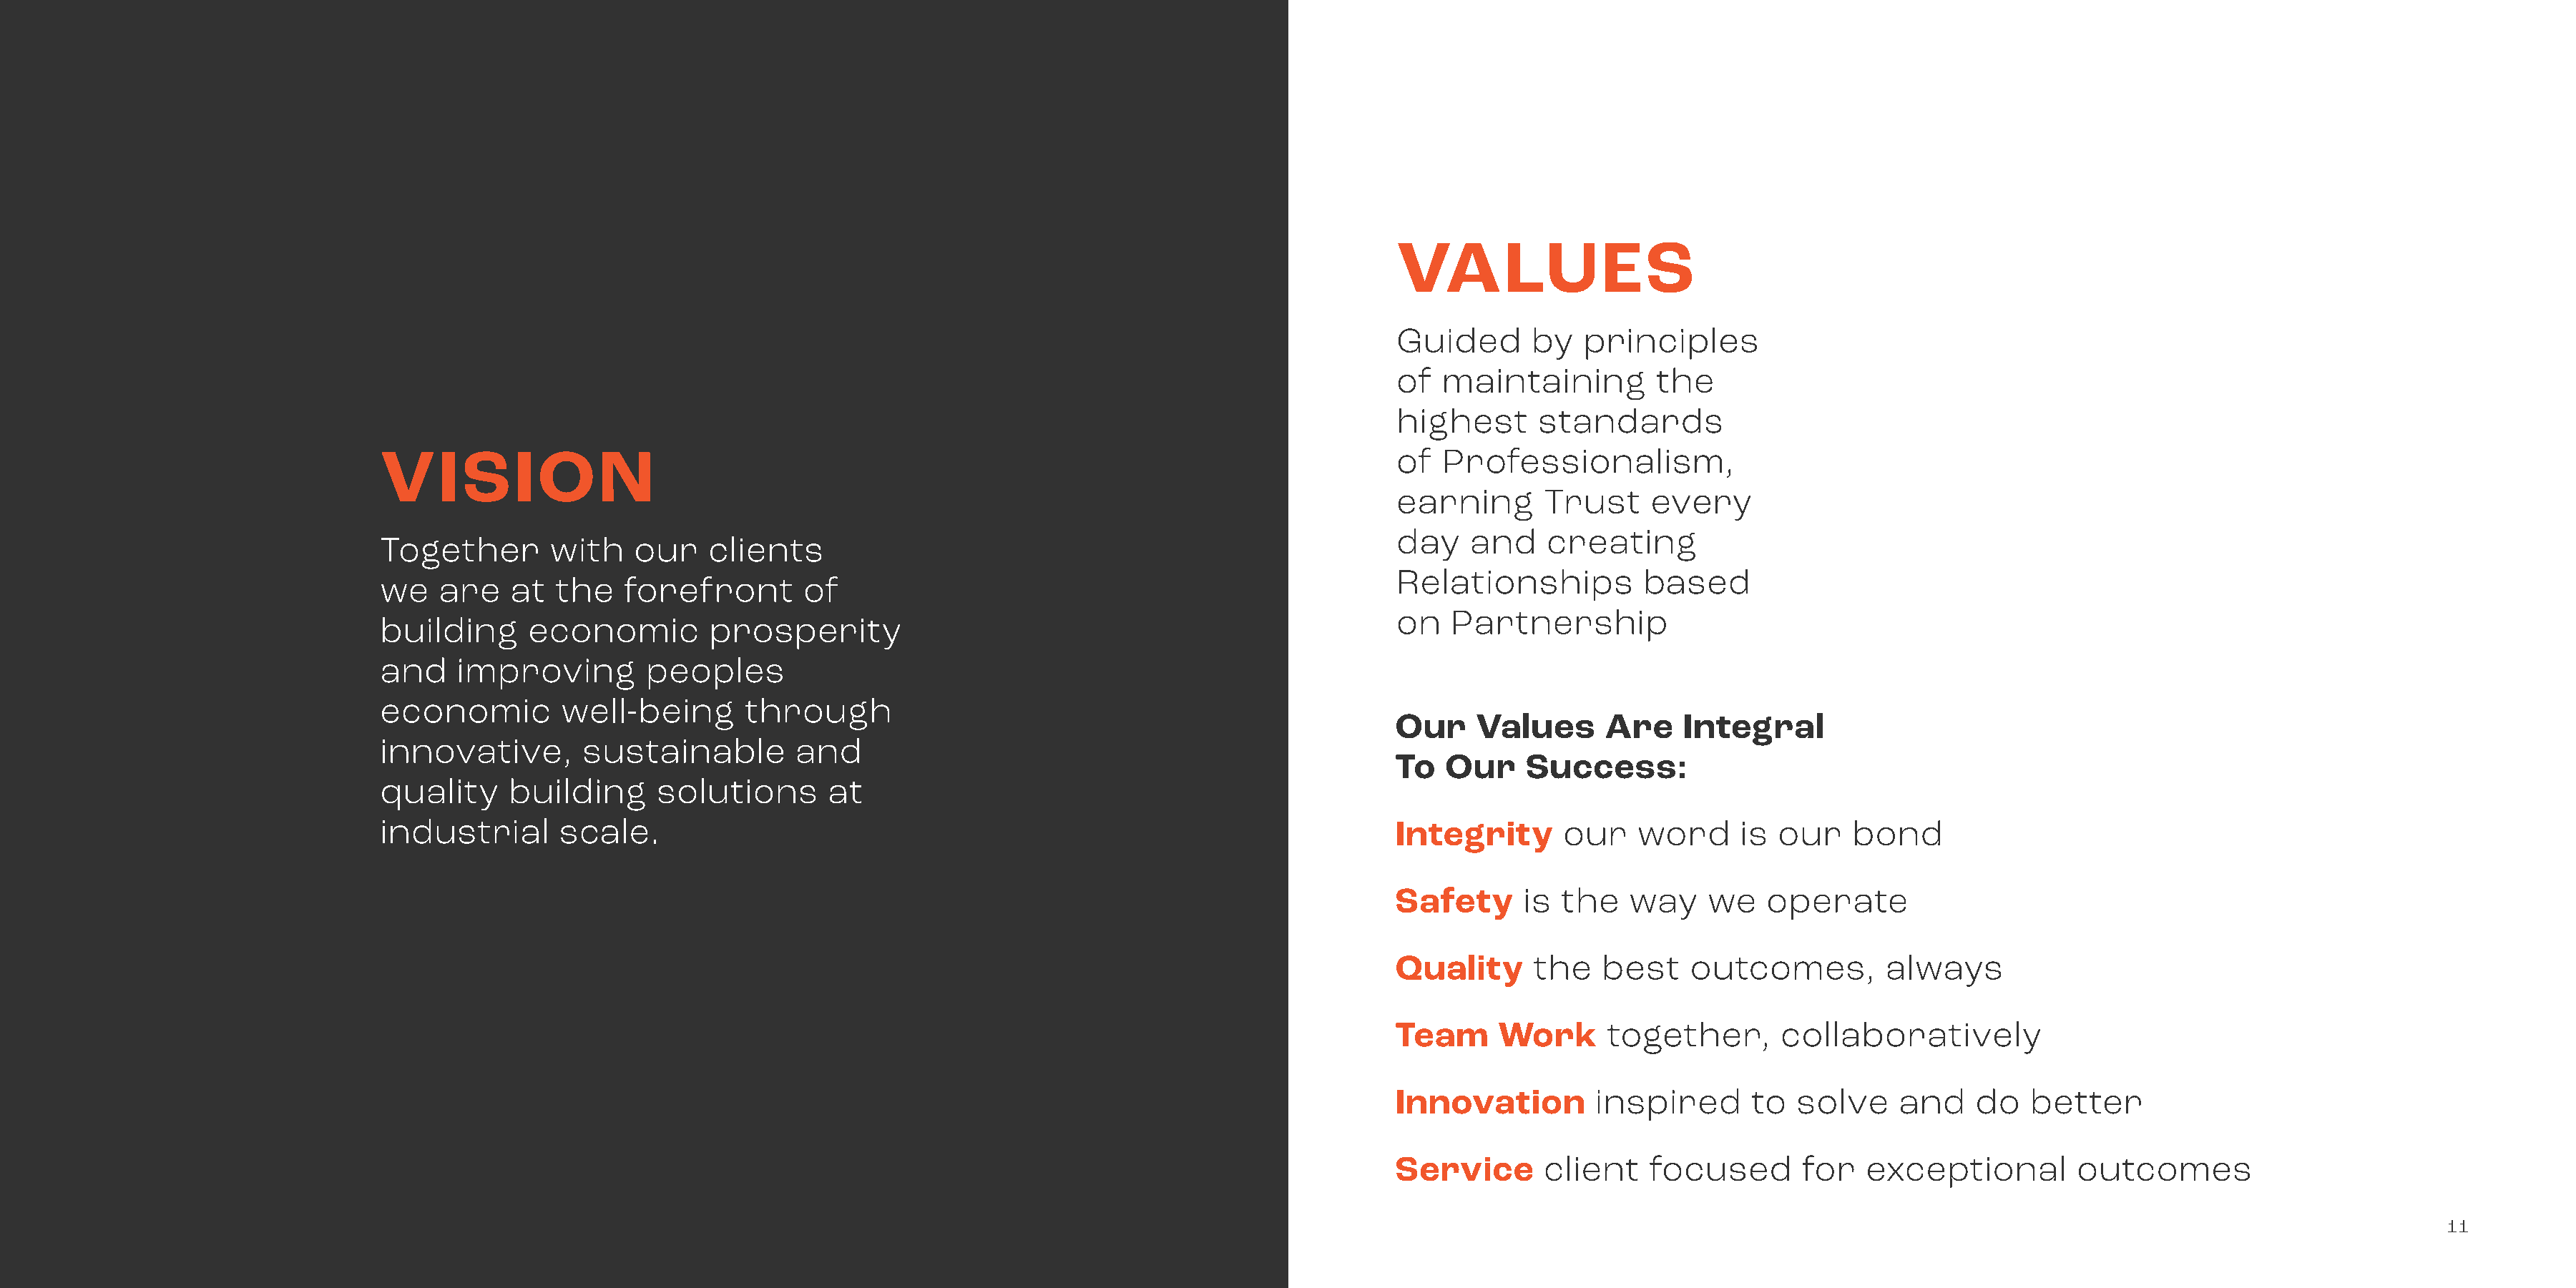
VALUES
 Guided       by   principles
 of  maintaining         the
 highest      standards
 VISION                                                                                        of  Professionalism,
 earning       Trust     every
 day    and    creating
 Together        with    our    clients
 Relationships          based
 we    are   at  the    forefront       of
 on   Partnership
 building      economic         prosperity
 and    improving         peoples
 economic         well-being       through
 Our     Values      Are    Integral
 innovative,        sustainable         and
 To   Our    Success:
 quality     building      solutions       at
 industrial       scale.                                                                       Integrity       our    word     is  our   bond
 Safety      is the    way    we   operate
 Quality      the   best    outcomes,         always
 Team      Work      together,       collaboratively
 Innovation         inspired      to  solve     and    do   better
 Service       client    focused       for   exceptional        outcomes
 11